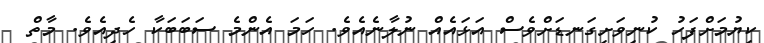
ކިޔުމަށްފަހު ކުނިވަށިގަނޑަށްވެސް އަޅައެއް ނުލާނެއެވެ. ހަމަ އެންމެ ސަބަބަކާ ހެދިއެވެ. މާތް